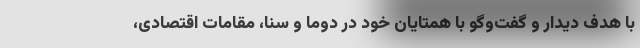
با هدف دیدار و گفت‌وگو با همتایان خود در دوما و سنا، مقامات اقتصادی،